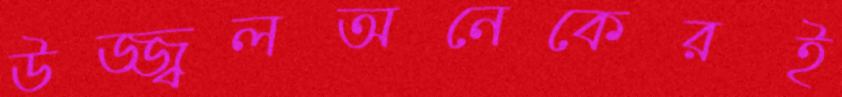
উজ্জ্বলঅনেকেরই